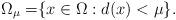
LaTeX: \begin{align*} \Omega_\mu=&\{{x\in\Omega:d(x)<\mu}\}. \end{align*}